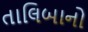
તાલિબાનો